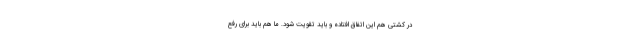
در کشتی هم این اتفاق افتاده و باید تقویت شود. ما هم باید برای رفع